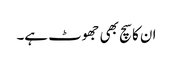
ان کا سچ بھی جھوٹ ہے۔